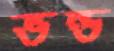
ভন্ড